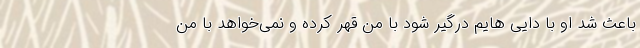
باعث شد او با دایی هایم درگیر شود با من قهر کرده و نمی‌خواهد با من